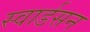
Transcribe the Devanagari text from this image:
स्वार्डसन